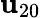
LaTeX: \mathbf{u}_{20}